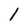
Character: 1